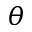
\theta